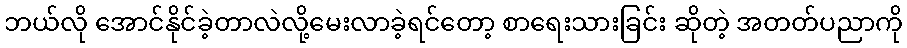
ဘယ်လို အောင်နိုင်ခဲ့တာလဲလို့မေးလာခဲ့ရင်တော့ စာရေးသားခြင်း ဆိုတဲ့ အတတ်ပညာကို